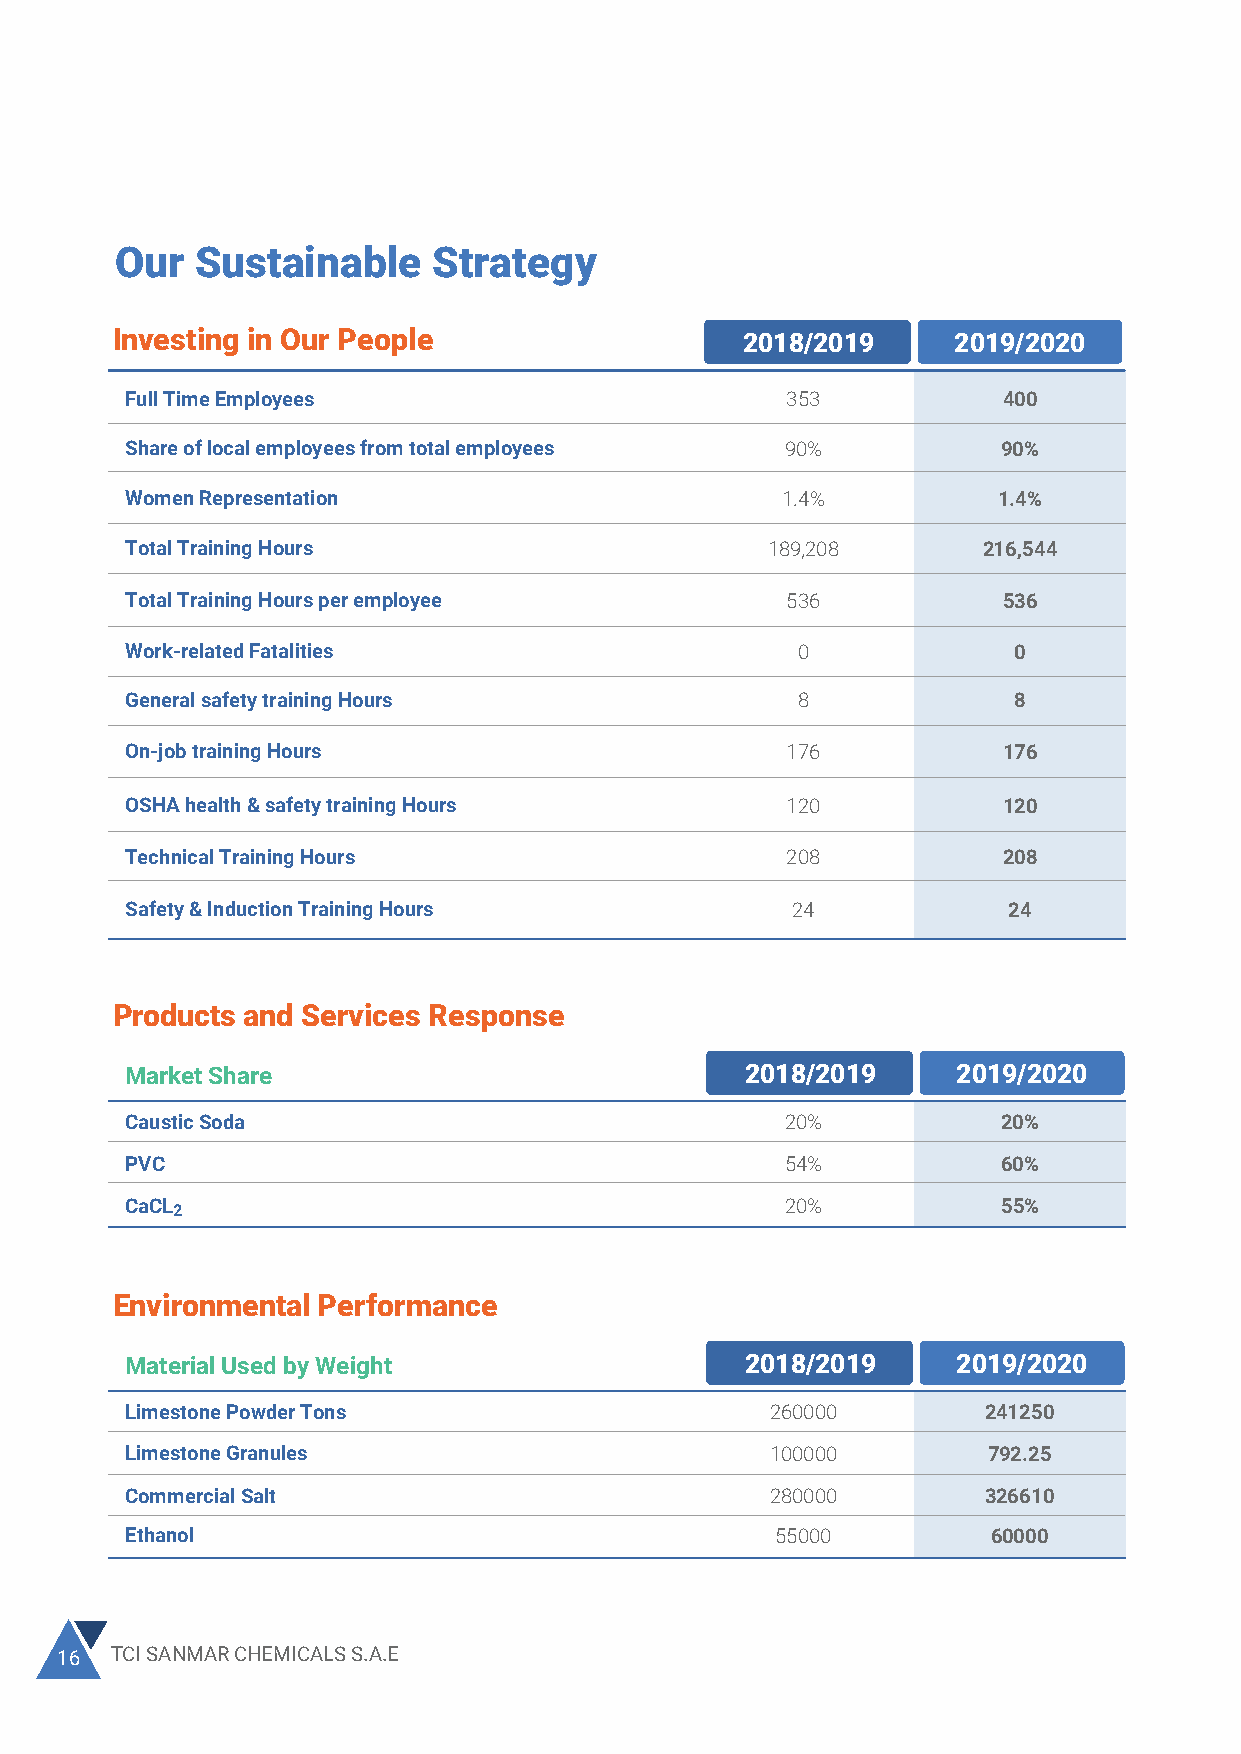
Our  Sustainable     Strategy                                                     Energy Consumption inside the organization
 Power Consumption                         661 GWh/Y
 Investing in Our People                   2018/2019     2019/2020
 Natural Gas Consumption                          3/Y           3/Y
 Full Time Employees                         353           400                     Total Water Consumption
 Share of local employees from total employees 90%         90%                     CA Plant                                   1842572       1635417
 Women Representation                        1.4%          1.4%                    PVC                                        1598371       2083230
 CACL2                                      23262          76643
 Total Training Hours                       189,208       216,544
 Recycled wastewater                         90%           90%
 Total Training Hours per employee           536           536
 Direct GHG emissions (tons)
 Work-related Fatalities                      0             0
 Indirect GHG emissions                     352310
 General safety training Hours                8             8
 Reduction in GHG emissions-NOx             168911        135750
 On-job training Hours                       176           176                     Reduction in GHG emissions-SOx             604.59        2114.23
 OSHA health & safety training Hours         120           120                     Reduction in GHG emissions-PM              960.83         16.63
 Technical Training Hours                    208           208
 Economic Performance                     2018/2019     2019/2020
 Safety & Induction Training Hours           24             24
 Total Revenues Mn USD                      221.08        258.66
 PVC Revenues Mn USD                         151           198
 Products and Services Response
 Local Revenues Mn USD                       67            110
 Market Share                             2018/2019     2019/2020
 Export Revenues Mn USD                      154           149
 Caustic Soda                                20%           20%
 Gross Profit margin                        42.24%        29.75%
 PVC                                         54%           60%
 CaCL2                                       20%           55%
 Delivering Social Value
 2018/2019     2019/2020
 Share of exports of total production        60%           60%
 Environmental Performance
 Products Purchased Locally
 Material Used by Weight                  2018/2019     2019/2020
 Local Material supplies- Total spending $M  4.06          1.15
 Limestone Powder Tons                      260000        241250
 Local Material Supplies-No. of vendors      139            60
 Limestone Granules                         100000        792.25
 Commercial Salt                            280000        326610                   Local Raw Materials- Total Spending $M      48.15         38.15
 Ethanol                                    55000          60000                   Local Raw Material-No. of vendors           46             41
 16 TCI SANMAR CHEMICALS S.A.E                                                                                                         2020 SUSTAINABILITY REPORT 111 777